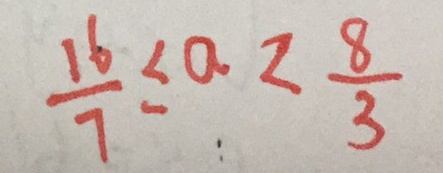
\frac { 1 6 } { 7 } \leq a < \frac { 8 } { 3 }